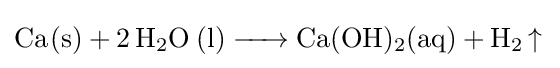
{\ce {Ca(s) + 2H2O (l) -> Ca(OH)2(aq) + H2 ^}}